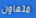
متعاون